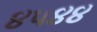
૪૫૪૪